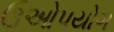
ઉઓપયોગ